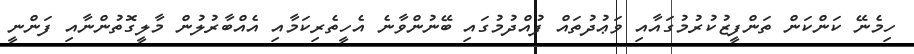
ހިމެނޭ ކަންކަން ތަންފީޒުކުރުމުގައާއި ވަޢުދުތައް ފުއްދުމުގައި ބޭނުންވާނެ އެހީތެރިކަމާއި އެއްބާރުލުން މާލީގޮތުންނާއި ފަންނީ